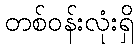
တစ်ဝန်းလုံးရှိ